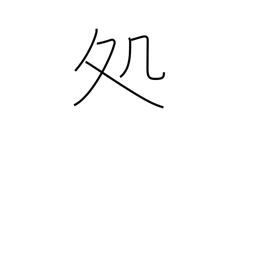
Meaning: sentence